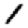
Digit: 1